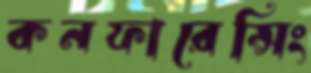
কনফারেন্সিং